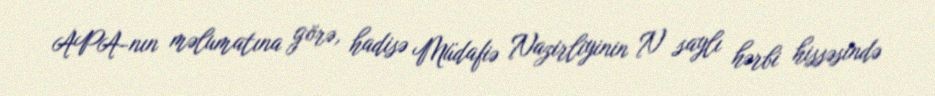
APA-nın məlumatına görə, hadisə Müdafiə Nazirliyinin N saylı hərbi hissəsində